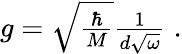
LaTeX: \begin{array}{r}{g=\sqrt{\frac{\hbar}{M}}\frac{1}{d\sqrt{\omega}}\; .}\end{array}